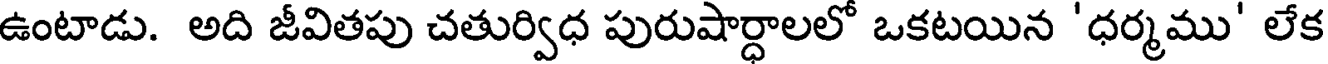
ఉంటాడు. అది జీవితపు చతుర్విధ పురుషార్ధాలలో ఒకటయిన 'ధర్మము' లేక